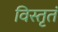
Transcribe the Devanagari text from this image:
विस्तृतं